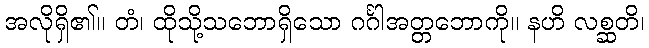
အလိုရှိ၏။ တံ၊ ထိုသို့သဘောရှိသော ဂင်္ဂါအတ္တဘောကို။ နဟိ လစ္ဆတိ၊